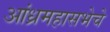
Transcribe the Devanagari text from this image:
आंध्रमहासभेचे